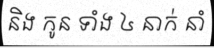
និង កូន ទាំង ៤ នាក់ នាំ